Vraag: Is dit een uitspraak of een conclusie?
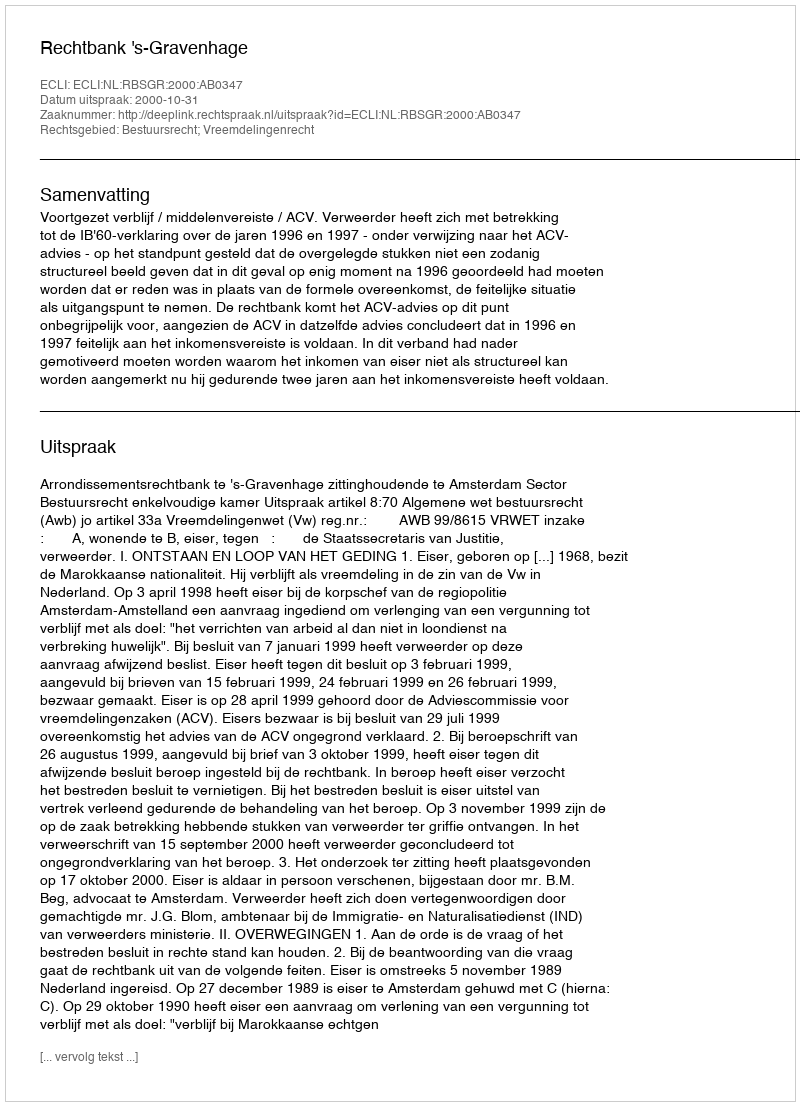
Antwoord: Uitspraak